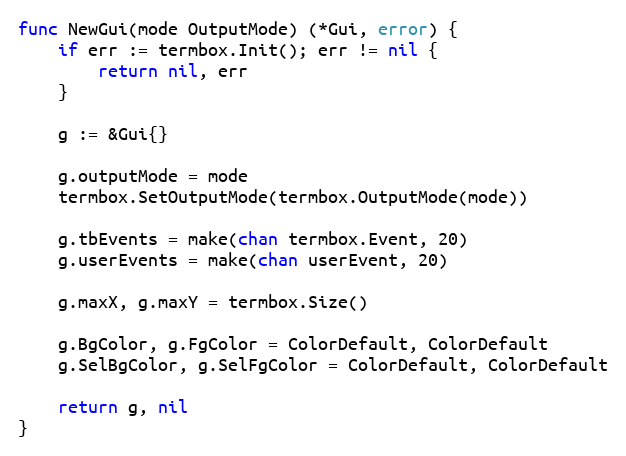
Language: Go
func NewGui(mode OutputMode) (*Gui, error) {
	if err := termbox.Init(); err != nil {
		return nil, err
	}

	g := &Gui{}

	g.outputMode = mode
	termbox.SetOutputMode(termbox.OutputMode(mode))

	g.tbEvents = make(chan termbox.Event, 20)
	g.userEvents = make(chan userEvent, 20)

	g.maxX, g.maxY = termbox.Size()

	g.BgColor, g.FgColor = ColorDefault, ColorDefault
	g.SelBgColor, g.SelFgColor = ColorDefault, ColorDefault

	return g, nil
}